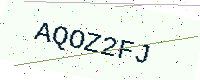
Text: AQOZ2FJ